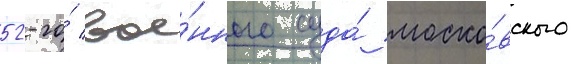
52-го́ вое́нного суда́ моско́вского